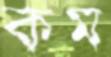
কম